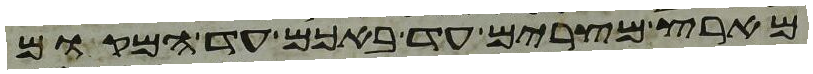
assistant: מארץ מצרים עד באכם עד המקום